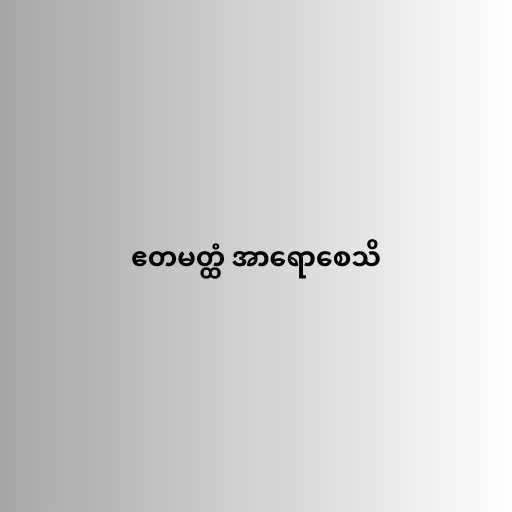
ဧတမတ္ထံ အာရောစေသိ